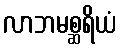
လာဘမစ္ဆရိယံ